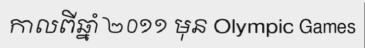
កាលពីឆ្នាំ ២០១១ មុន Olympic Games